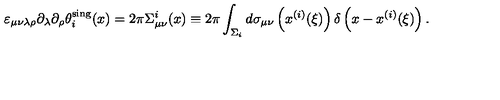
\varepsilon _ { \mu \nu \lambda \rho } \partial _ { \lambda } \partial _ { \rho } \theta _ { i } ^ { \mathrm { s i n g } } ( x ) = 2 \pi \Sigma _ { \mu \nu } ^ { i } ( x ) \equiv 2 \pi \int _ { \Sigma _ { i } } ^ { } d \sigma _ { \mu \nu } \left( x ^ { ( i ) } ( \xi ) \right) \delta \left( x - x ^ { ( i ) } ( \xi ) \right) .